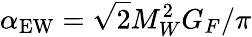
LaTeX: \alpha_{\mathrm{EW}}=\sqrt{2}M_{W}^{2}G_{F}/\pi